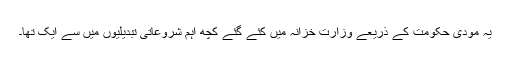
یہ مودی حکومت کے ذریعے وزارت خزانہ میں کئے گئے کچھ اہم شروعاتی تبدیلیوں میں سے ایک تھا۔